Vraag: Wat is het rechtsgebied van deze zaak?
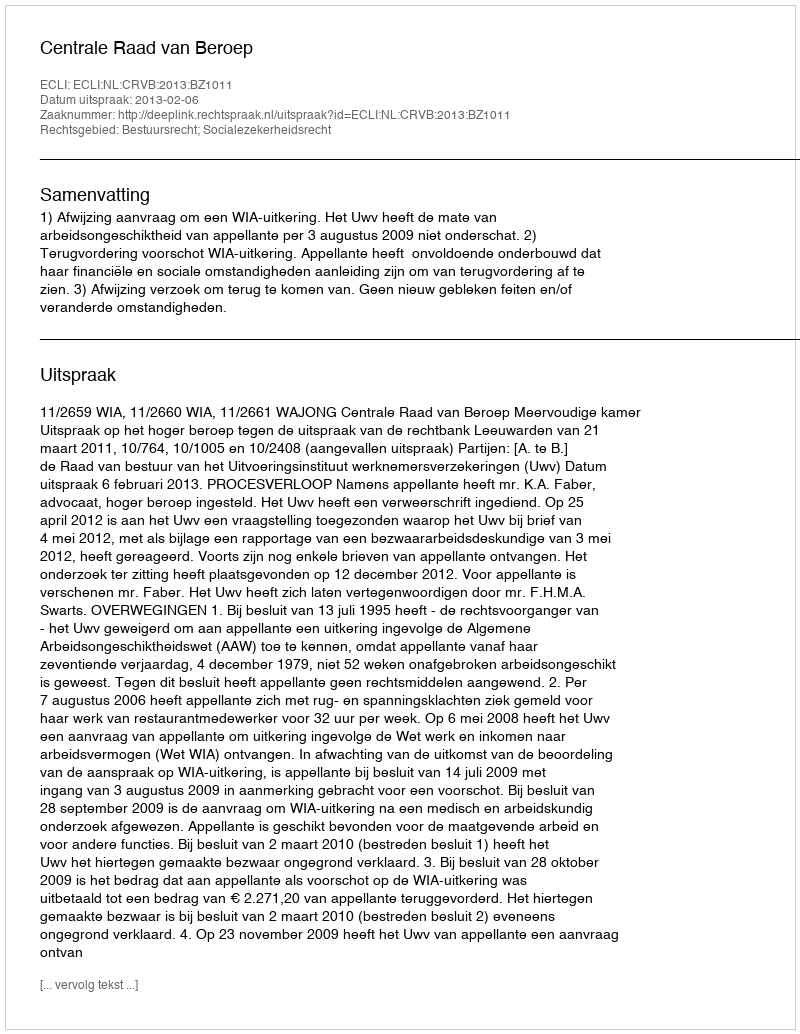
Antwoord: Bestuursrecht; Socialezekerheidsrecht